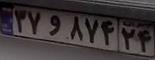
۳۷و۸۷۴۲۴